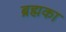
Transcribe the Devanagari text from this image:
ब्रह्मका